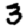
Digit: 3